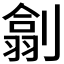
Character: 𠟊